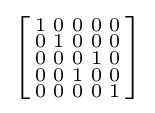
\left[{\begin{smallmatrix}1&0&0&0&0\\0&1&0&0&0\\0&0&0&1&0\\0&0&1&0&0\\0&0&0&0&1\\\end{smallmatrix}}\right]